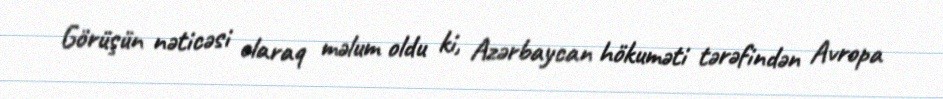
Görüşün nəticəsi olaraq məlum oldu ki, Azərbaycan hökuməti tərəfindən Avropa